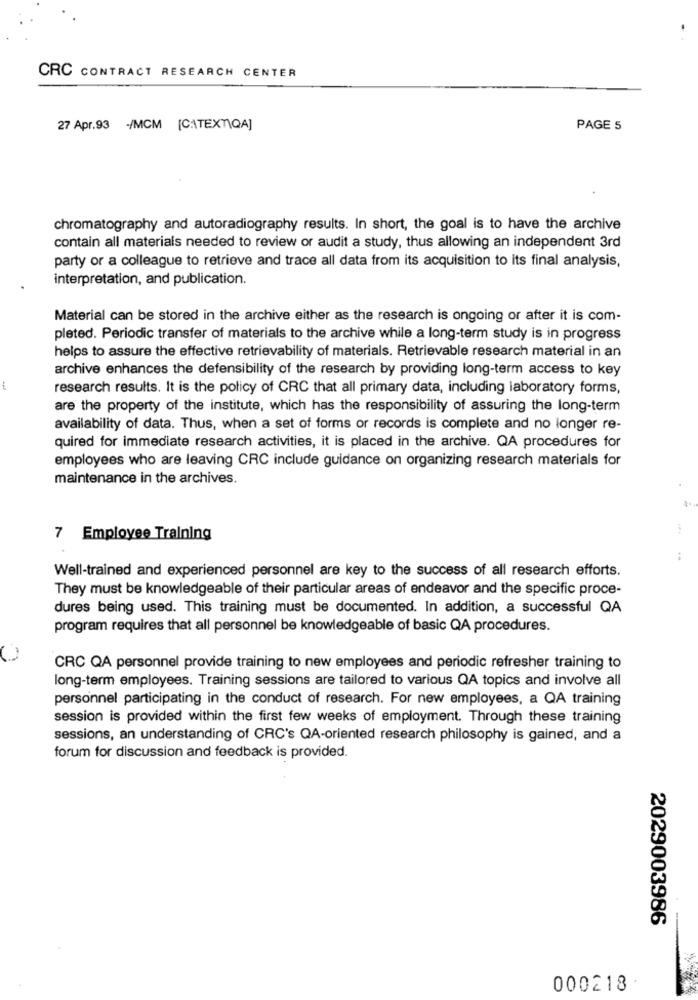
CRC CONTRACT RESEARCH CENTER
27 Apr.93 -/MCM [CATEXTIQA]
PAGE 5
chromatography and autoradiography results. In short, the goal is to have the archive
contain all materials needed to review or audit a study, thus allowing an independent 3rd
party or a colleague to retrieve and trace all data from its acquisition to its final analysis,
interpretation, and publication.
Material can be stored in the archive either as the research is ongoing or after it is com-
pleted. Periodic transfer of materials to the archive while a long-term study is in progress
helps to assure the effective retrievability of materials. Retrievable research material in an
archive enhances the defensibility of the research by providing long-term access to key
research results. It is the policy of CRC that all primary data, including laboratory forms,
are the property of the institute, which has the responsibility of assuring the long-term
availability of data. Thus, when a set of forms or records is complete and no longer re-
quired for immediate research activities, it is placed in the archive. QA procedures for
employees who are leaving CRC include guidance on organizing research materials for
maintenance in the archives.
7 Employee Training
Well-trained and experienced personnel are key to the success of all research efforts.
They must be knowledgeable of their particular areas of endeavor and the specific proce-
dures being used. This training must be documented. In addition, a successful QA
program requires that all personnel be knowledgeable of basic QA procedures.
CRC QA personnel provide training to new employees and periodic refresher training to
long-term employees. Training sessions are tailored to various QA topics and involve all
personnel participating in the conduct of research. For new employees, a QA training
session is provided within the first few weeks of employment. Through these training
sessions, an understanding of CRC's QA-oriented research philosophy is gained, and a
forum for discussion and feedback is provided.
2029003986
000218